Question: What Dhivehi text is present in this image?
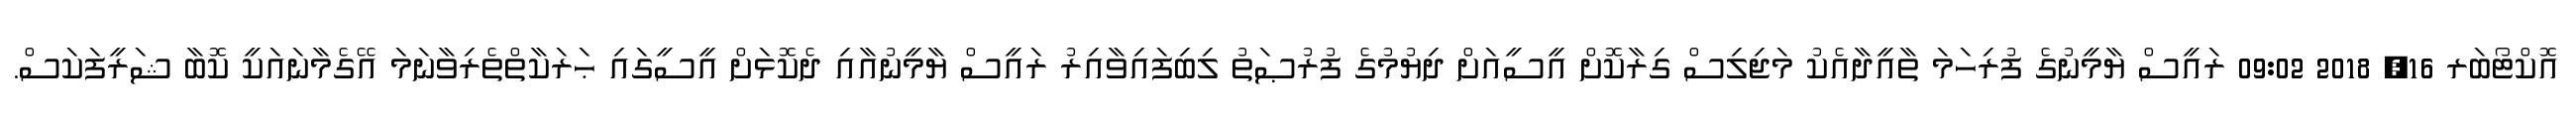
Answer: އޮކްޓޯބަރ 16, 2018 09:02 ރައީސް ޔާމީނުގެ ފުރިހަމަ ތާއީދާއެކު މަޖިލިސް ގިރާކޮށް އީސީއަށް ދިޔުމުގެ ފުރުޞަތު ލިބިފައިވާއިރު ރައީސް ޔާމީނުއާއި ދެކޮޅަށް އީސީގައި ޙަރަކާތްތެރިވާނަމަ އޭގެމާނައަކީ ކޮބާ ޝަރީފަކަސް.